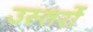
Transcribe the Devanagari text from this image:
उस्तरों